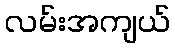
လမ်းအကျယ်